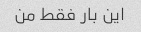
این بار فقط من